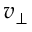
v _ { \perp }